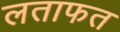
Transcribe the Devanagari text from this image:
लताफत